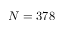
N = 3 7 8